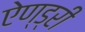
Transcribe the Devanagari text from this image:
ऐण्ड्री